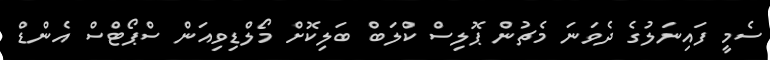
ސެމީ ފައިނަލުގެ ދެވަނަ މެޗުން ޕޮލިސް ކްލަބް ބަލިކޮށް މޯލްޑިވިއަން ސްޕޯޓްސް އެންޑް